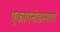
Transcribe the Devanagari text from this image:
एकायनोडरमाटा